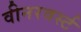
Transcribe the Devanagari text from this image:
वीनरवर्स्ट